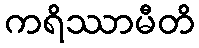
ကရိဿာမီတိ